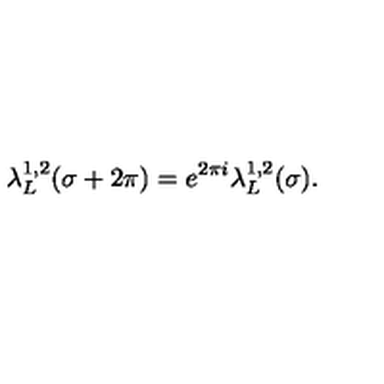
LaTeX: \lambda _ { L } ^ { 1 , 2 } ( \sigma + 2 \pi ) = e ^ { 2 \pi i } \lambda _ { L } ^ { 1 , 2 } ( \sigma ) .